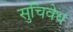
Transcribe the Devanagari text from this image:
सुचिवेध